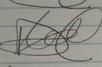
Signature authenticity: forged